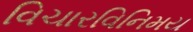
વિચારવિનિમય